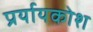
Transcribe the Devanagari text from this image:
प्रर्यायकोश